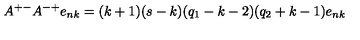
A ^ { + - } A ^ { - + } e _ { n k } = ( k + 1 ) ( s - k ) ( q _ { 1 } - k - 2 ) ( q _ { 2 } + k - 1 ) e _ { n k }